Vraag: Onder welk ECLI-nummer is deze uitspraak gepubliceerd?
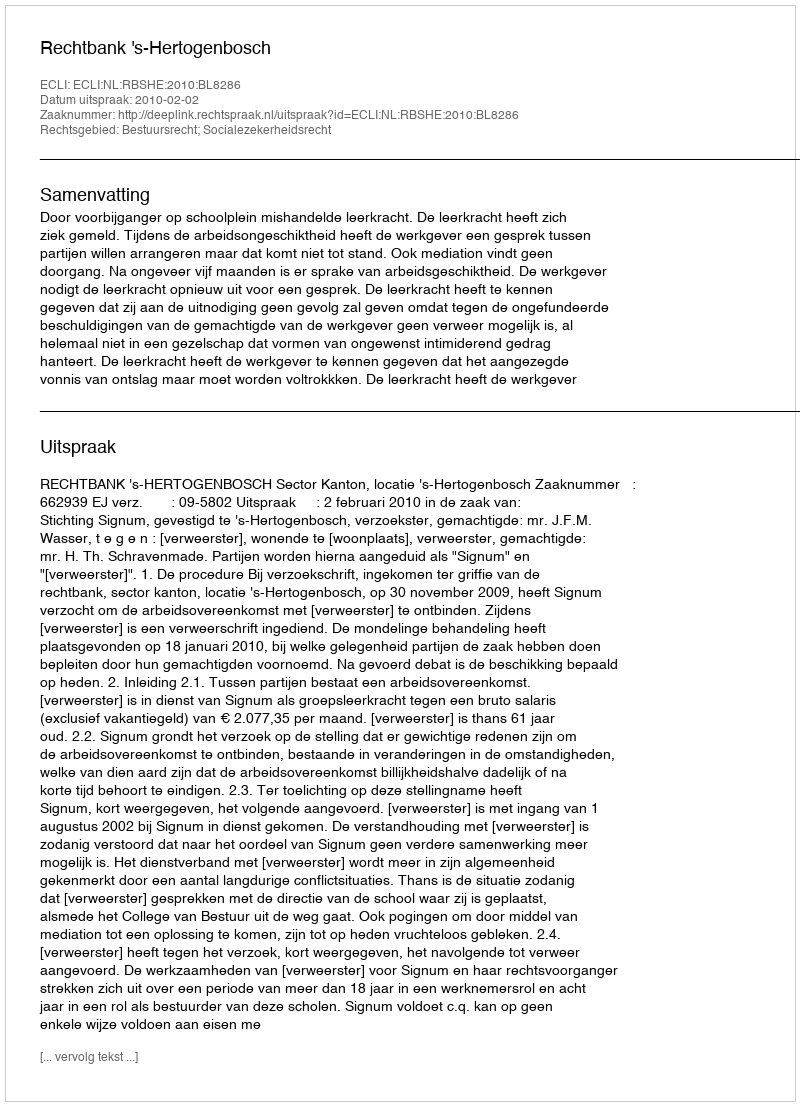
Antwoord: ECLI:NL:RBSHE:2010:BL8286